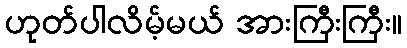
ဟုတ်ပါလိမ့်မယ် အားကြီးကြီး။